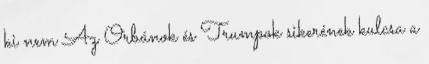
ki nem Az Orbánok és Trumpok sikerének kulcsa a